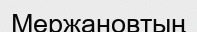
Мержановтың